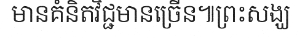
មានគំនិតវិជ្ជមានច្រើន៕ព្រះសង្ឃ